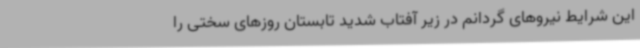
این شرایط نیروهای گردانم در زیر آفتاب شدید تابستان روزهای سختی را